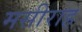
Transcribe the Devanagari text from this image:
मसीराह